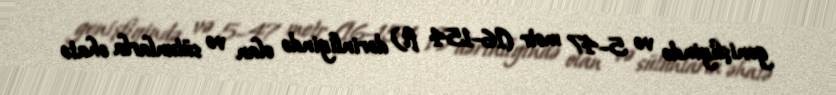
genişliyində və 5–47 metr (16–154 ft) dərinliyində olan və sütunlarla əhatə